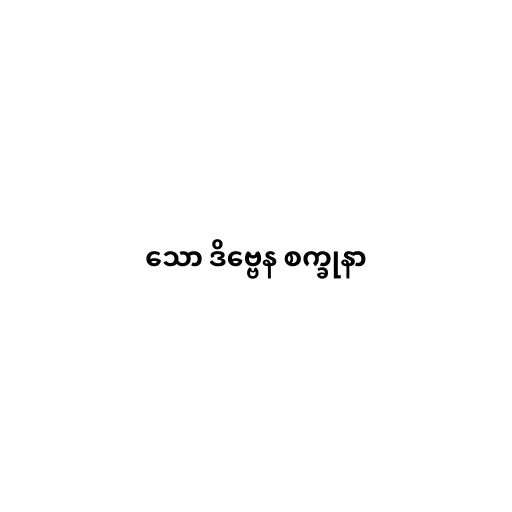
သော ဒိဗ္ဗေန စက္ခုနာ